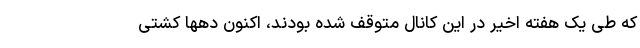
که طی یک هفته اخیر در این کانال متوقف شده بودند، اکنون دهها کشتی‌